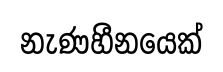
නැණහීනයෙක්